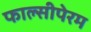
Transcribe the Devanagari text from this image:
फाल्सीपेरम